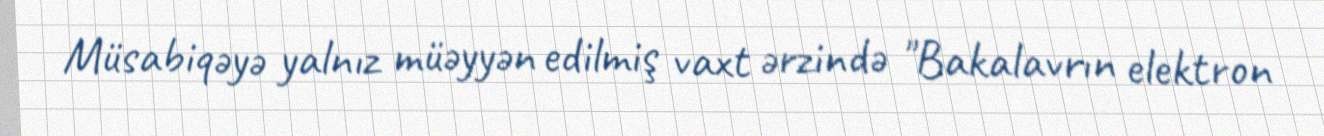
Müsabiqəyə yalnız müəyyən edilmiş vaxt ərzində "Bakalavrın elektron